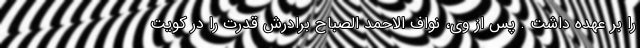
را بر عهده داشت . پس از وی، نواف الاحمد الصباح برادرش قدرت را در کویت